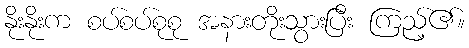
နိုးနိုးက စပ်စပ်စုစု အနားတိုးသွားပြီး ကြည့်၏။